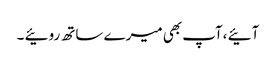
آئیے ،آپ بھی میرے ساتھ روئیے ۔